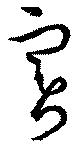
実